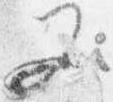
又